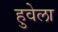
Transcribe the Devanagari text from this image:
हुवेला